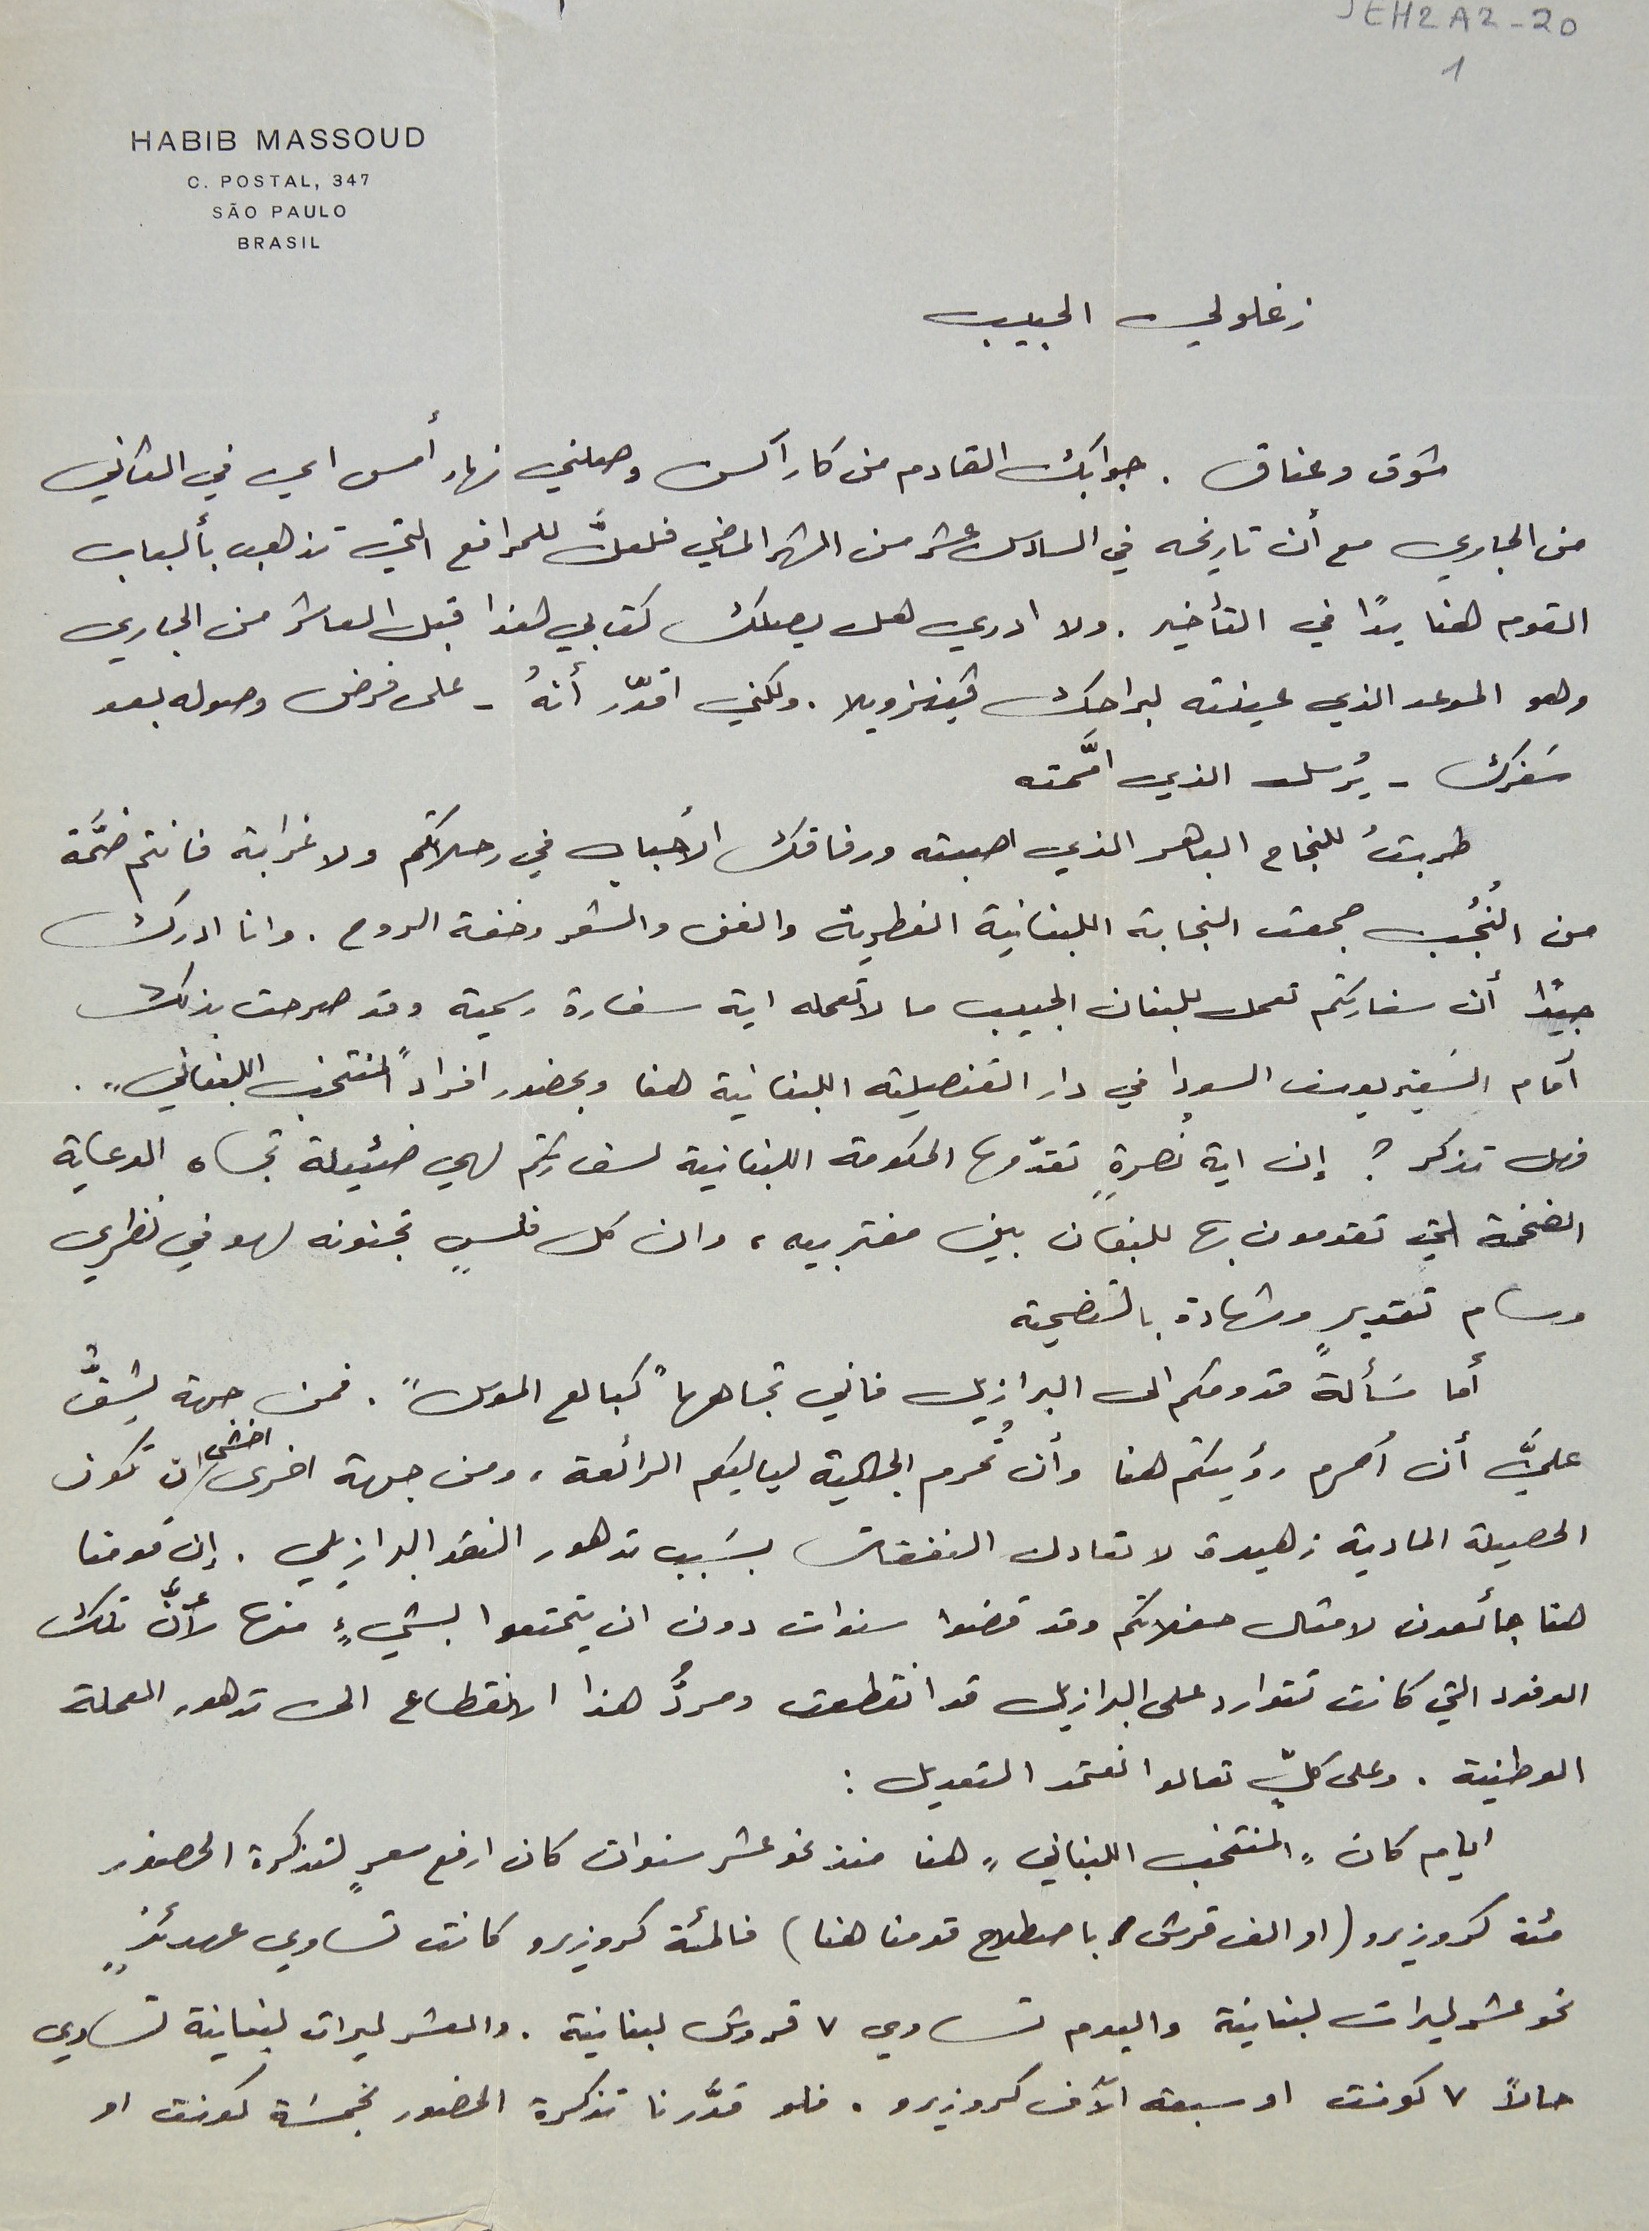
JEH2A2-201
HABIB MASSOUD
C. POSTAL, 347
زغلولي الحبيب
شوق وعناق. جوابك القادم من كاراكس وصلني نهار أمس اي في الثاني
من الجاري مع أن تاريخه في السادس عشر من الشهر الماضي فلعلَّ للمرافع التي تذهب بألباب
القوم هنا يدًا في التأخير. ولا ادري هل يصلك كتابي هذا قبل العاشر من الجاري
وهو الموعد الذي عينته لبراحك فينزويلا. ولكني اقدّر أنهُ – على فرض وصوله بعد
سَفرك - يُرسل الذي امَّمته
طريقُ للنجاح الباهر الذي اصبته ورفاقك الأحباب في رحلاتكم ولا غرابة فانتم ضمَّة
من النُجُب جمعت النجابة اللبنانية الفطرية والفن والشعر وخفة الروح. وانا ادرك
 جيدًا أن سفارتكم تعمل للبنان الحبيب ما لا تعمله ايه سفارة رسمية وقد صرحت بذلك
 أمام السَفير يوسف السودا في دار القنصلية اللبنانية هنا وبحضور افراد "المنتخب اللبناني".
 فهل تذكر ؟ إن اية نصرةٍ تقدّمها الحكومة اللبنانية لسفارتكم لهي ضئيلة تجاه الدعاية
الضخمة التي تقدمون بها للبنان بين مغتربيه، وان كل فلسٍ تجنونه لهو في نظري
وسام تقديرٍ وشهادة بالتضحية
 أما مسَألة قدومكم الى البرازيل فاني تجاهها "كبالع الموس". فمن جهة يشقُّ
عليَّ أن أحرم رؤيتكم هنا وأن تُحرم الجالية لياليكم الرائعة، ومن جهة اخرى اخشى ان تكون
الحصيلة المادية زهيدة لا تعادل النفقات بسَبب تدهور النقد البرازيلي. إن قومنا
هنا جائعون لامثال حفلاتكم وقد قضوا سنوات دون ان يتمتعوا بشيءٍ منها لأنَّ تلك
الوفود التي كانت تتوارد على البرازيل قد انقطعت ومردُّ هذا الانقطاع الى تدهور العملة
 الوطنية. وعلى كلٍّ تعالوا نعتمد التعديل :
 ايام كان "المنتخب اللبناني"  هنا منذ نحو عشر سنوات كان ارفع سعرٍ لتذكرة الحضور
مئة كروزيرو (او الف قرش باصطلاح قومنا هنا) فالمئة كروزيرو كانت تساوي عهدئذٍ
نحو عشر ليرات لبنانية واليوم تساوي ٧ قروش لبنانية. والعشر ليرات لبنانية تساوي
حالاً ٧ كونت او سبعة الآف كروزيرو. فلو قدَّرنا تذكرة الحضور بخمسَة كونت او
SÃO PAULO
BRASIL